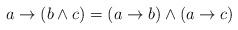
LaTeX: \begin{align*}a \to (b \wedge c)=(a \to b) \wedge (a \to c)\end{align*}